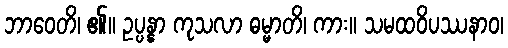
ဘာဝေတိ၊ ၏။ ဥပ္ပန္နာ ကုသလာ ဓမ္မာတိ၊ ကား။ သမထဝိပဿနာဝ၊